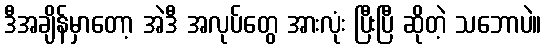
ဒီအချိန်မှာတော့ အဲဒီ အလုပ်တွေ အားလုံး ပြီးပြီ ဆိုတဲ့ သဘောပဲ။